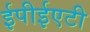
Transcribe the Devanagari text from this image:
ईपीईएटी